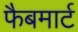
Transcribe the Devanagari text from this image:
फैबमार्ट